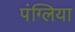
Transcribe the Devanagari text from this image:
पंग्लिया